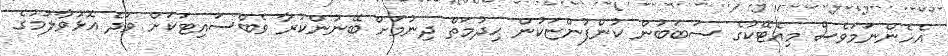
އެހެންނަމަވެސް މިއެޓޭކުގެ ސަބަބުން ކުންފުންޏަކުން ޙިދުމަތް ދިނުމަށް ބޭނުންކުރާ ވެބްސައިޓަކަށް ވަދެ އޮޅުވާލުމުގެ